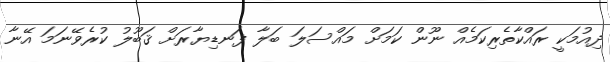
ދިއުމަކީ ރައްކާތެރިކަމެއް ނޫން ކަމަށް މައްސަލަ ބަލާ ފަނޑިޔާރަށް ޤަބޫލު ކުރެވޭނަމަ އޭނާ